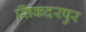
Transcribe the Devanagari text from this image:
सिंकदरपुर